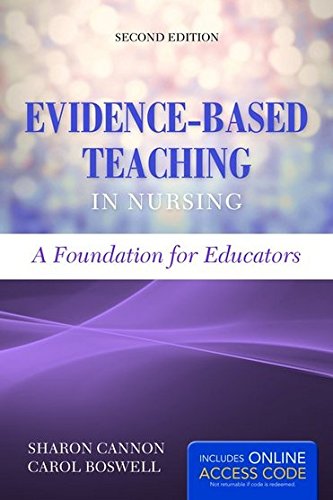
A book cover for Evidence-Based Teaching In Nursing: A Foundation for Educators; Sharon Cannon; Medical Books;